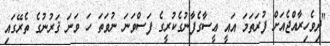
"ދިވެހިރާއްޖެއަށް ފުރަތަމަ އައީ ޢީސާގެފާނުގެކުރީގެ ފަސްވަނަ ނުވަތަ ހަ ވަނަ ޤަރުނުގެ ތެރޭގައި